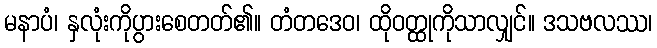
မနာပံ၊ နှလုံးကိုပွားစေတတ်၏။ တံတဒေဝ၊ ထိုဝတ္ထုကိုသာလျှင်။ ဒသဗလဿ၊